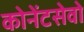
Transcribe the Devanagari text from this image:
कोनेंटसेवो